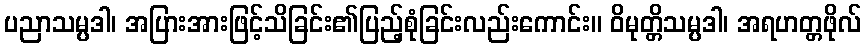
ပညာသမ္ပဒါ၊ အပြားအားဖြင့်သိခြင်း၏ပြည့်စုံခြင်းလည်းကောင်း။ ဝိမုတ္တိသမ္ပဒါ၊ အရဟတ္တဖိုလ်